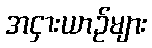
အငှားယာဉ်များ